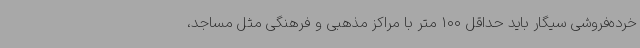
خرده‌فروشی سیگار باید حداقل 100 متر با مراکز مذهبی و فرهنگی مثل مساجد،